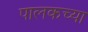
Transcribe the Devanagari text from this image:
पालकच्या